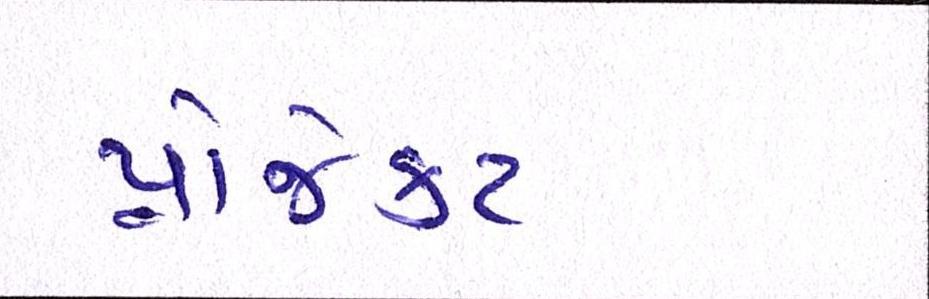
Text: પ્રોજેકટ